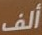
ألف